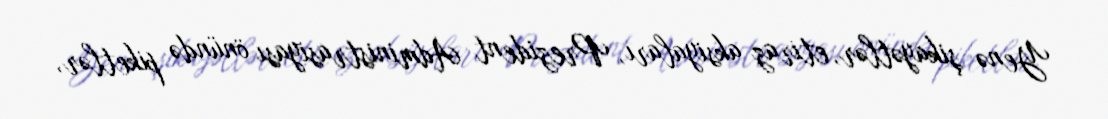
Yenə şikayətlər, etiraz aksiyaları, Prezident Administrasiyası önündə piketlər,